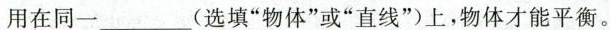
用在同一___(选填”物体”或”直线”)上，物体才能平衡。